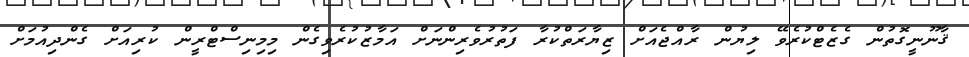
ޤާނޫނީގޮތުން ގެޒެޓްކުރެވޭ ލިޔުން ރާއްޖެއަށް ޒިޔާރަތްކުރާ ފަތުރުވެރިންނަށް އަމާޒުކުރެވިގެން މިމިނިސްޓްރީން ކުރިއަށް ގެންދިއުމަށް